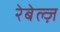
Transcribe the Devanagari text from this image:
रेबेल्ज़